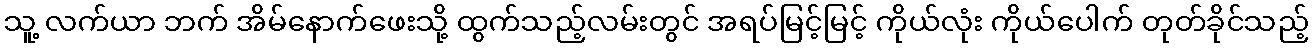
သူ့ လက်ယာ ဘက် အိမ်နောက်ဖေးသို့ ထွက်သည့်လမ်းတွင် အရပ်မြင့်မြင့် ကိုယ်လုံး ကိုယ်ပေါက် တုတ်ခိုင်သည့်